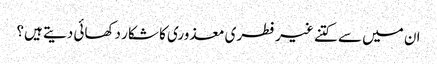
ان میں سے کتنے غیر فطری معذوری کا شکار دکھائی دیتے ہیں؟